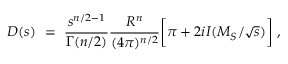
D ( s ) \ = \ { \frac { s ^ { n / 2 - 1 } } { \Gamma ( n / 2 ) } } { \frac { R ^ { n } } { ( 4 \pi ) ^ { n / 2 } } } \biggl [ \pi + 2 i I ( M _ { S } / \sqrt { s } ) \biggr ] \ ,